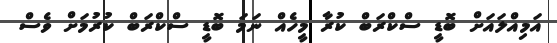
އަމިއްލައަށް ބޮޑީ ސްކްރަބް ކުރާ މީހެއް ނަމަ ބޮޑީ ސްކްރަބް ކުރުމަށް ވެސް